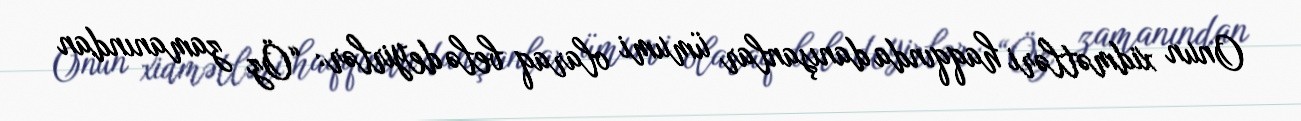
Onun xidmətləri haqqında danışanlar ümumi olaraq belə deyirlər: “Öz zamanından